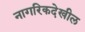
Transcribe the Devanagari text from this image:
नागरिकदेखील